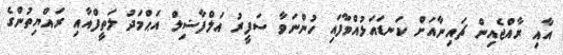
އާއި ރާއްޖެއިން ޗައިނާއަށް ކަނޑައަޅުއްވާފައި ހުންނަވާ ސަފީރު އަލްފާޟިލް އަޙްމަދު ލަތީފްއާއި ރައްޔިތުންގެ